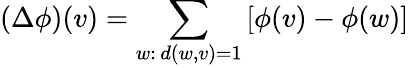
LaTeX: (\Delta\phi)(v)=\sum_{w:\, d(w,v)=1}\left[\phi(v)-\phi(w)\right]